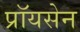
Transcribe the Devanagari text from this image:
प्रॉयसेन